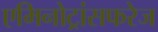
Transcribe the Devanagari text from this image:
एमिनोट्रांसफरेज